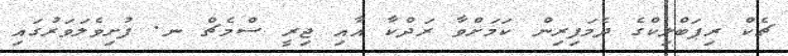
ޗެކް ރިޕަބްލިކްގެ ދެމަފިރިން ކަމަށްވާ ރަދްކާ އާއި ޖިރީ ސްމެޗް ނ. ފުށިވެލަވަރުގައި